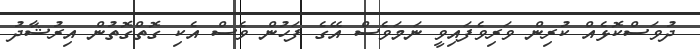
ދުވަސްކޮޅެއް ކުރިން ވަރިވެފައިވީ ނަަމަވެސް އޭގެ ފަހުން ވެސް އެކި ގޮތްގޮތުން އިރުޝާދު